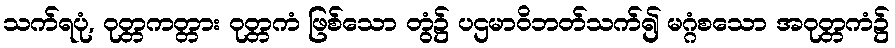
သက်ရပုံ, ဝုတ္တကတ္တား ဝုတ္တကံ ဖြစ်သော တွံ၌ ပဌမာဝိဘတ်သက်၍ မဂ္ဂံစသော အဝုတ္တကံ၌